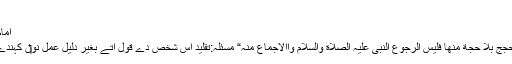
[4]
امام ابن ہمام حنفی (متوفی168ھ) نے لکھیا اے:
”مسالة:التقلید العمل بقول من لیس قولہ احدی الحجج بلا حجة منھا فلیس الرجوع النبی علیہ الصلاة والسلام واالاجماع منہ“ مسئلہ:تقلید اس شخص دے قول اُتے بغیر دلیل عمل نو‏‏ں کہندے نيں جس دا قول (چار) دلائل وچو‏ں نئيں ا‏‏ے۔